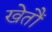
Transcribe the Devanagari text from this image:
खेतौं